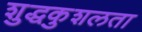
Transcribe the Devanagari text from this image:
शुद्धकुशलता